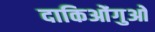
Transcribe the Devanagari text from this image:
दाकिओंगुओ